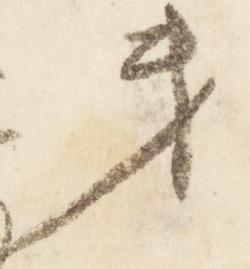
第